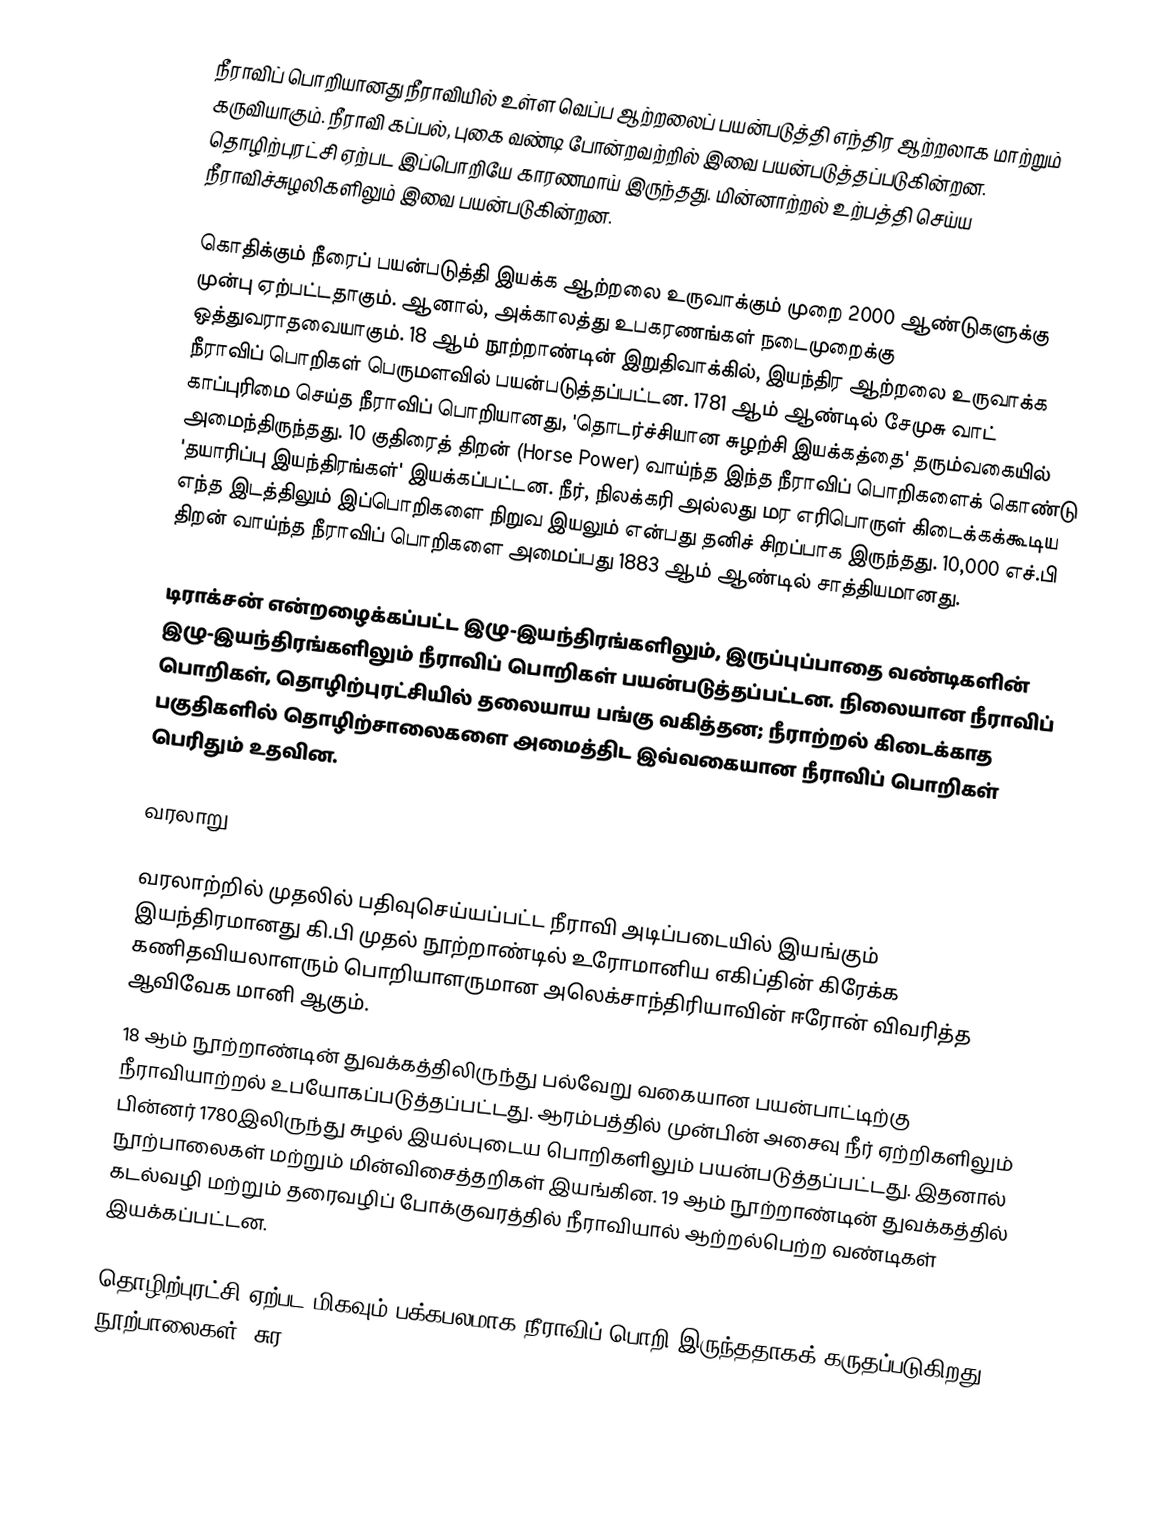
நீராவிப் பொறியானது நீராவியில் உள்ள வெப்ப ஆற்றலைப் பயன்படுத்தி எந்திர ஆற்றலாக மாற்றும் கருவியாகும். நீராவி கப்பல், புகை வண்டி போன்றவற்றில் இவை பயன்படுத்தப்படுகின்றன. தொழிற்புரட்சி ஏற்பட இப்பொறியே காரணமாய் இருந்தது. மின்னாற்றல் உற்பத்தி செய்ய நீராவிச்சுழலிகளிலும் இவை பயன்படுகின்றன.

கொதிக்கும் நீரைப் பயன்படுத்தி இயக்க ஆற்றலை உருவாக்கும் முறை 2000 ஆண்டுகளுக்கு முன்பு ஏற்பட்டதாகும். ஆனால், அக்காலத்து உபகரணங்கள் நடைமுறைக்கு ஒத்துவராதவையாகும். 18 ஆம் நூற்றாண்டின் இறுதிவாக்கில், இயந்திர ஆற்றலை உருவாக்க நீராவிப் பொறிகள் பெருமளவில் பயன்படுத்தப்பட்டன. 1781 ஆம் ஆண்டில் சேமுசு வாட் காப்புரிமை செய்த நீராவிப் பொறியானது, 'தொடர்ச்சியான சுழற்சி இயக்கத்தை' தரும்வகையில் அமைந்திருந்தது. 10 குதிரைத் திறன் (Horse Power) வாய்ந்த இந்த நீராவிப் பொறிகளைக் கொண்டு 'தயாரிப்பு இயந்திரங்கள்' இயக்கப்பட்டன. நீர், நிலக்கரி அல்லது மர எரிபொருள் கிடைக்கக்கூடிய எந்த இடத்திலும் இப்பொறிகளை நிறுவ இயலும் என்பது தனிச் சிறப்பாக இருந்தது. 10,000 எச்.பி திறன் வாய்ந்த நீராவிப் பொறிகளை அமைப்பது 1883 ஆம் ஆண்டில் சாத்தியமானது.

டிராக்சன் என்றழைக்கப்பட்ட இழு-இயந்திரங்களிலும், இருப்புப்பாதை வண்டிகளின் இழு-இயந்திரங்களிலும் நீராவிப் பொறிகள் பயன்படுத்தப்பட்டன. நிலையான நீராவிப் பொறிகள், தொழிற்புரட்சியில் தலையாய பங்கு வகித்தன; நீராற்றல் கிடைக்காத பகுதிகளில் தொழிற்சாலைகளை அமைத்திட இவ்வகையான நீராவிப் பொறிகள் பெரிதும் உதவின.

வரலாறு

வரலாற்றில் முதலில் பதிவுசெய்யப்பட்ட நீராவி அடிப்படையில் இயங்கும் இயந்திரமானது கி.பி முதல் நூற்றாண்டில் உரோமானிய எகிப்தின் கிரேக்க கணிதவியலாளரும் பொறியாளருமான அலெக்சாந்திரியாவின் ஈரோன் விவரித்த ஆவிவேக மானி ஆகும்.
18 ஆம் நூற்றாண்டின் துவக்கத்திலிருந்து பல்வேறு வகையான பயன்பாட்டிற்கு நீராவியாற்றல் உபயோகப்படுத்தப்பட்டது. ஆரம்பத்தில் முன்பின் அசைவு நீர் ஏற்றிகளிலும் பின்னர் 1780இலிருந்து சுழல் இயல்புடைய பொறிகளிலும் பயன்படுத்தப்பட்டது. இதனால் நூற்பாலைகள் மற்றும் மின்விசைத்தறிகள் இயங்கின. 19 ஆம் நூற்றாண்டின் துவக்கத்தில் கடல்வழி மற்றும் தரைவழிப் போக்குவரத்தில் நீராவியால் ஆற்றல்பெற்ற வண்டிகள் இயக்கப்பட்டன.

தொழிற்புரட்சி ஏற்பட மிகவும் பக்கபலமாக நீராவிப் பொறி இருந்ததாகக் கருதப்படுகிறது. நூற்பாலைகள், சுர